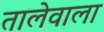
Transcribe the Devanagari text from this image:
तालेवाला